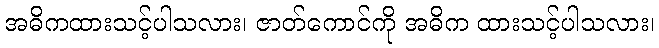
အဓိကထားသင့်ပါသလား၊ ဇာတ်ကောင်ကို အဓိက ထားသင့်ပါသလား၊